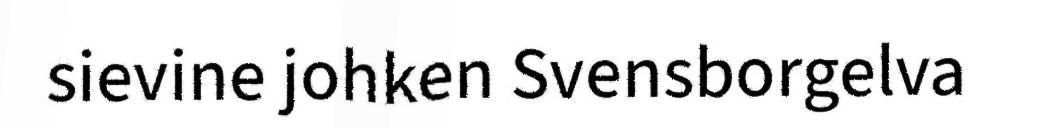
sievine johken Svensborgelva